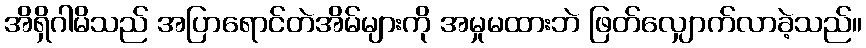
အိရှိဂါမိသည် အပြာရောင်တဲအိမ်များကို အမှုမထားဘဲ ဖြတ်လျှောက်လာခဲ့သည်။